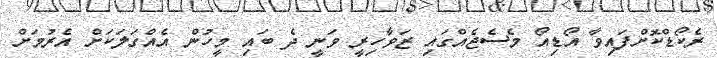
ރެކޯޑްކޮށްފައިވާ އޯޑިއޯ މެސެޖެއްގައި ޒަވާހިރީ ވަނީ ދެ ބައި މީހުން އެއްގަލަކަށް އެރުމަށް